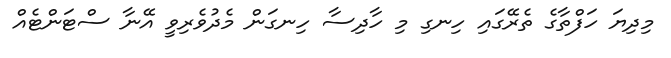
މިދިޔަ ހަފްތާގެ ތެރޭގައި ހިނގި މި ހާދިސާ ހިނގަން މެދުވެރިވީ އޭނާ ސްޓަންޓެއް